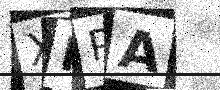
Text: XMPA